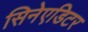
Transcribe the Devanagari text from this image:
सिनेएडिटर